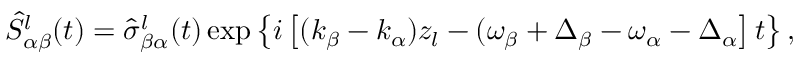
\hat { S } _ { \alpha \beta } ^ { l } ( t ) = \hat { \sigma } _ { \beta \alpha } ^ { l } ( t ) \exp \left\{ i \left[ ( k _ { \beta } - k _ { \alpha } ) z _ { l } - ( \omega _ { \beta } + \Delta _ { \beta } - \omega _ { \alpha } - \Delta _ { \alpha } \right] t \right\} ,